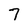
Character: 7